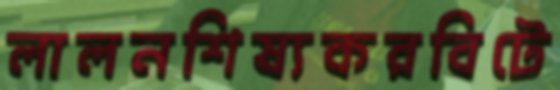
লালনশিষ্যকরবিটে